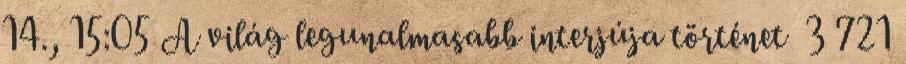
14., 15:05 ‎A világ legunalmasabb interjúja történet ‎ 3 721